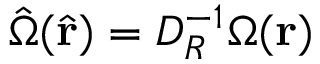
\hat { \Omega } ( \hat { { \bf r } } ) = D _ { R } ^ { - 1 } \Omega ( { \bf r } )